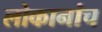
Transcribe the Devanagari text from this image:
लोकानांच